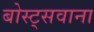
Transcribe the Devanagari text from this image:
बोस्ट्सवाना